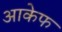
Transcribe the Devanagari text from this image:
आकेफ